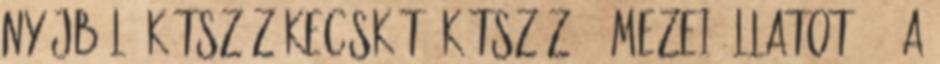
nyájból, kétszáz kecskét, kétszáz . mezei állatot 4. A